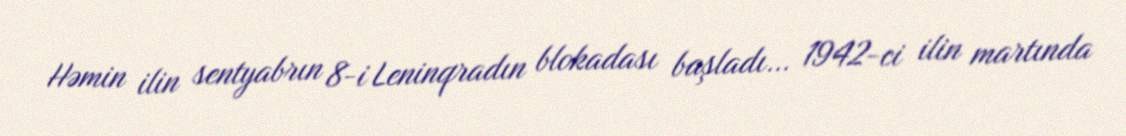
Həmin ilin sentyabrın 8-i Leninqradın blokadası başladı… 1942-ci ilin martında